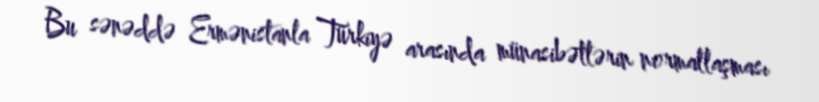
Bu sənəddə Ermənistanla Türkiyə arasında münasibətlərin normallaşması